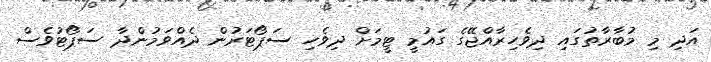
އަދި މި މުބާރާތުގައި ދިވެހިރާއްޖޭގެ ގައުމީ ޓީމަށް ދިވެހި ސަޕޯޓަރުން ދެއްވަމުންދާ ސަޕޯޓުވެސް